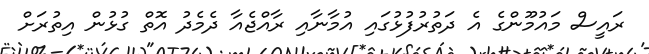
ރައީސް މައުމޫންގެ އެ ދަތުރުފުޅުގައި އުމާނާއި ރާއްޖެއާ ދެމެދު އޮތް ގުޅުން އިތުރަށް